Annual statistical returns and brief notes on vaccination in Bengal - 1909-1929
Year: 1909
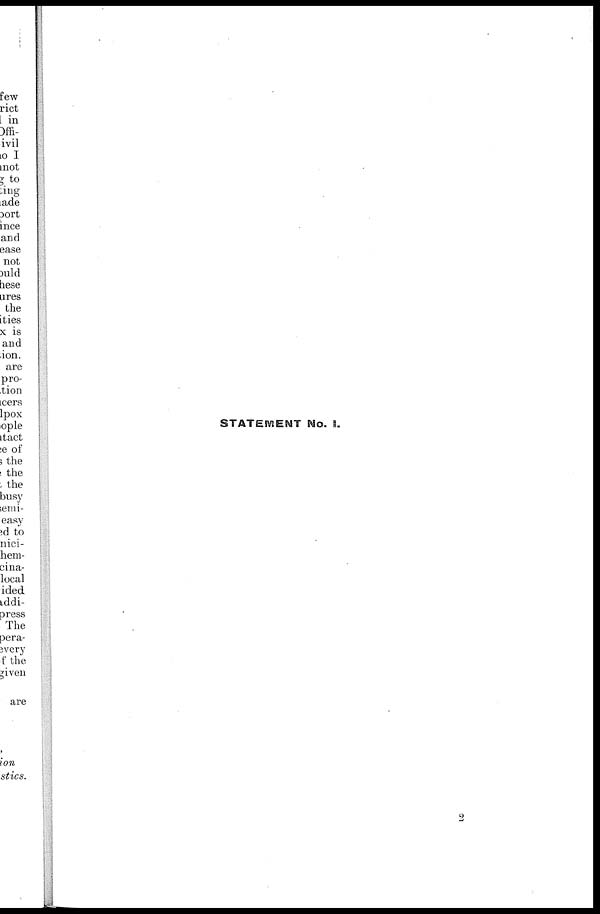
STATEMENT No. I.
2